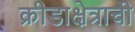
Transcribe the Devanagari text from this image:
क्रीडाक्षेत्राची